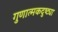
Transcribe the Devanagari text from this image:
गुणात्मकदुष्ट्या